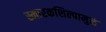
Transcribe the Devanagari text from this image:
स्मारकशिल्पामुळे